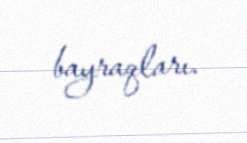
bayraqları.